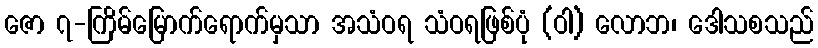
ဇော ၇-ကြိမ်မြောက်ရောက်မှသာ အသံဝရ သံဝရဖြစ်ပုံ (ဝါ) လောဘ၊ ဒေါသစသည်